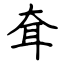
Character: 耷